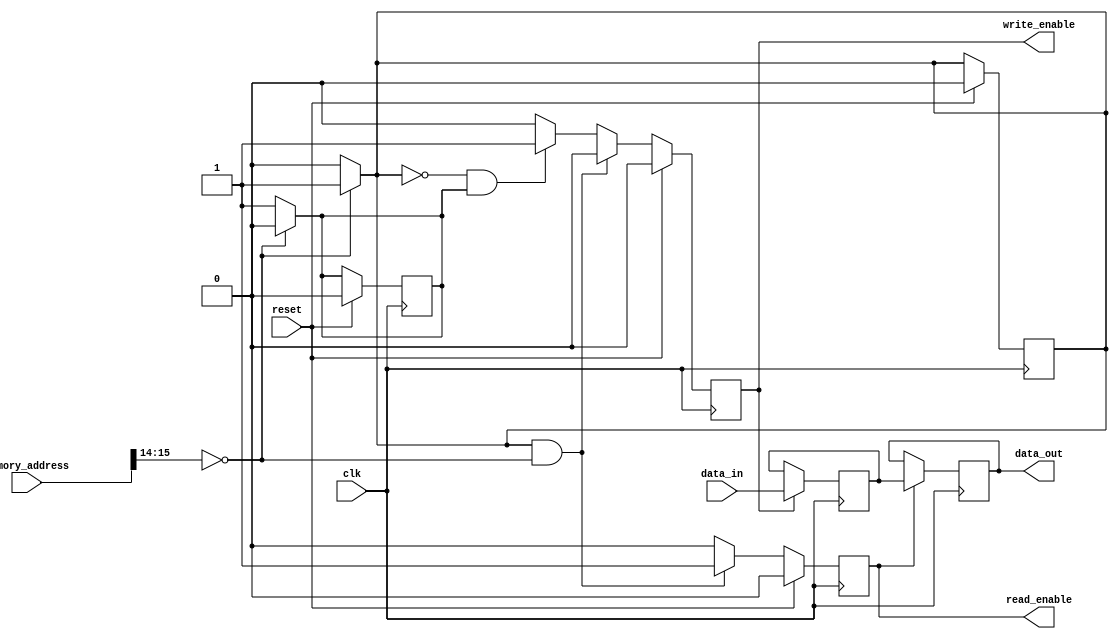
module memory_controller(
    input wire clk,
    input wire reset,
    input wire [15:0] memory_address,
    input wire [7:0] data_in,
    output reg [7:0] data_out,
    output reg read_enable,
    output reg write_enable
);

// Address Decoding Block
reg [7:0] physical_address;

always @* begin
    if(memory_address[15:14] == 2'b00) begin
        physical_address = memory_address[13:0];
    end else begin
        physical_address = 8'h00; // Default physical address
    end
end

// Data Buffering Block
reg [7:0] data_buffer;

always @(posedge clk) begin
    if(read_enable) begin
        data_out <= data_buffer;
    end
end

always @(posedge clk) begin
    if(write_enable) begin
        data_buffer <= data_in;
    end
end

// Control Logic Block
reg read_request;
reg write_request;

always @(posedge clk) begin
    if(reset) begin
        read_enable <= 0;
        write_enable <= 0;
        read_request <= 0;
        write_request <= 0;
    end else begin
        if(read_request && !write_request) begin
            read_enable <= 1;
            write_enable <= 0;
        end else if(!read_request && write_request) begin
            read_enable <= 0;
            write_enable <= 1;
        end else begin
            read_enable <= 0;
            write_enable <= 0;
        end
    end
end

always @* begin
    if(memory_address[15:14] == 2'b00) begin
        read_request = 1; // Read request
        write_request = 0; // Write request
    end else begin
        read_request = 0;
        write_request = 1;
    end
end

endmodule